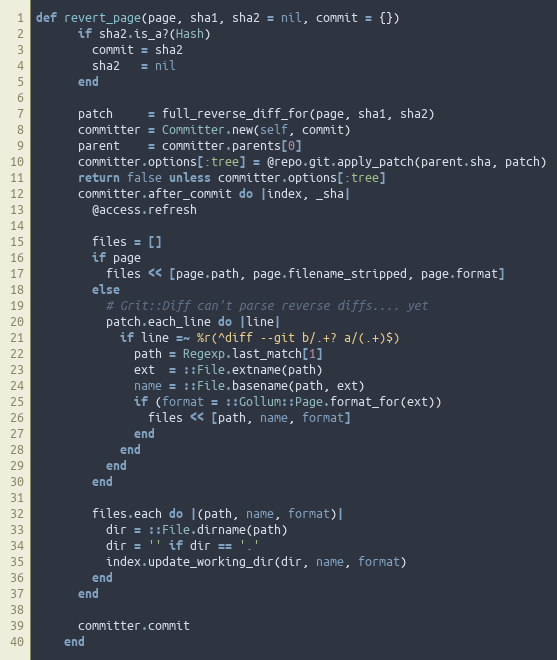
Language: Ruby
def revert_page(page, sha1, sha2 = nil, commit = {})
      if sha2.is_a?(Hash)
        commit = sha2
        sha2   = nil
      end

      patch     = full_reverse_diff_for(page, sha1, sha2)
      committer = Committer.new(self, commit)
      parent    = committer.parents[0]
      committer.options[:tree] = @repo.git.apply_patch(parent.sha, patch)
      return false unless committer.options[:tree]
      committer.after_commit do |index, _sha|
        @access.refresh

        files = []
        if page
          files << [page.path, page.filename_stripped, page.format]
        else
          # Grit::Diff can't parse reverse diffs.... yet
          patch.each_line do |line|
            if line =~ %r(^diff --git b/.+? a/(.+)$)
              path = Regexp.last_match[1]
              ext  = ::File.extname(path)
              name = ::File.basename(path, ext)
              if (format = ::Gollum::Page.format_for(ext))
                files << [path, name, format]
              end
            end
          end
        end

        files.each do |(path, name, format)|
          dir = ::File.dirname(path)
          dir = '' if dir == '.'
          index.update_working_dir(dir, name, format)
        end
      end

      committer.commit
    end